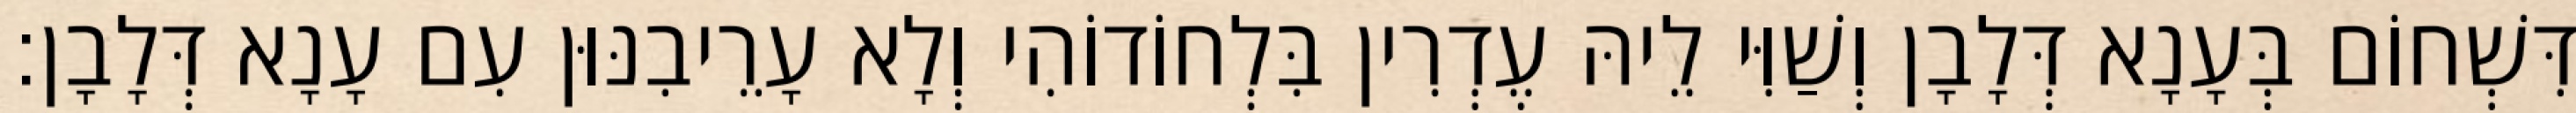
דִּשְׁחוֹם בְּעָנָא דְּלָבָן וְשַׁוִּי לֵיהּ עֶדְרִין בִּלְחוֹדוֹהִי וְלָא עָרֵיבִנּוּן עִם עָנָא דְּלָבָן׃